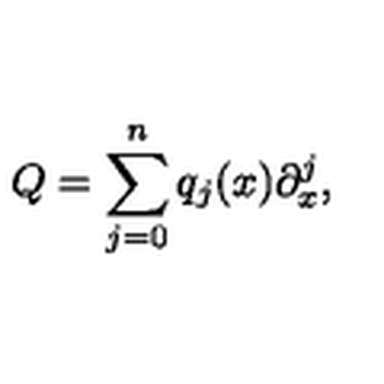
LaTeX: Q = \sum _ { j = 0 } ^ { n } q _ { j } ( x ) \partial _ { x } ^ { j } ,